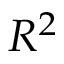
R ^ { 2 }